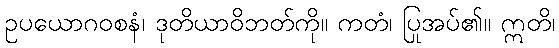
ဥပယောဂဝစနံ၊ ဒုတိယာဝိဘတ်ကို။ ကတံ၊ ပြုအပ်၏။ ဣတိ၊